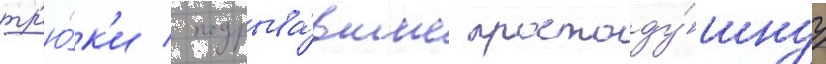
тр'ю́к'и / подрыва́вшие простоду́шнуу